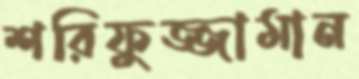
শরিফুজ্জামান